Annual statistical returns and brief notes on vaccination in Bengal - 1909-1929
Year: 1909
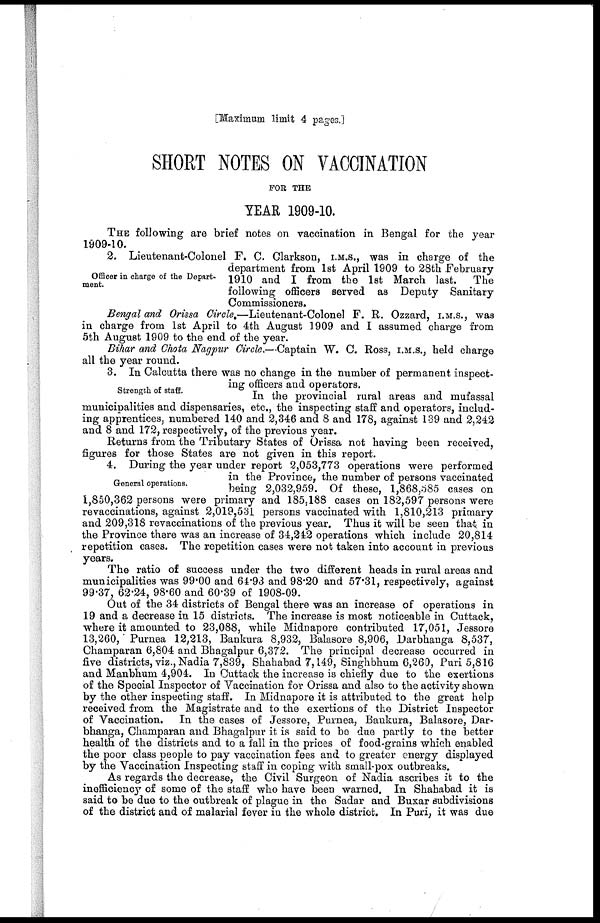
[Maximum limit 4 pages.]
SHORT NOTES ON VACCINATION
FOR THE
YEAR 1909-10.
THE following are brief notes on vaccination in Bengal for the year
1909-10.
Officer in charge of the Depart-
ment.
2. Lieutenant-Colonel F. C. Clarkson, I.M.S., was in charge of the
department from 1st April 1909 to 28th February
1910 and I from the 1st March last.
The
following officers served as Deputy Sanitary
Commissioners.
Bengal and Orissa Circle.—Lieutenant-Colonel F. R. Ozzard, I.M.S., was
in charge from 1st April to 4th August 1909 and I assumed charge from
5th August 1909 to the end of the year.
Bihar and Chota Nagpur Circle.—Captain W. C. Ross, I.M.S., held charge
all the year round.
Strength of staff.
3. In Calcutta there was no change in the number of permanent inspect-
ing officers and operators.
In the provincial rural areas and mufassal
municipalities and dispensaries, etc., the inspecting staff and operators, includ-
ing apprentices, numbered 140 and 2,346 and 8 and 178, against 139 and 2,242
and 8 and 172, respectively, of the previous year.
Returns from the Tributary States of Orissa not having been received,
figures for those States are not given in this report.
General operations.
4. During the year under report 2,053,773 operations were performed
in the Province, the number of persons vaccinated
being 2,032,959. Of these, 1,868,585 cases on
1,850,362 persons were primary and 185,188 cases on 182,597 persons were
revaccinations, against 2,019,531 persons vaccinated with 1,810,213 primary
and 209,318 revaccinations of the previous year. Thus it will be seen that in
the Province there was an increase of 34,242 operations which include 20,814
repetition cases. The repetition cases were not taken into account in previous
years.
The ratio of success under the two different heads in rural areas and
municipalities was 99.00 and 64.93 and 98.20 and 57.31, respectively, against
99.37, 62.24, 98.60 and 60.39 of 1908-09.
Out of the 34 districts of Bengal there was an increase of operations in
19 and a decrease in 15 districts. The increase is most noticeable in Cuttack,
where it amounted to 23,088, while Midnapore contributed 17,051, Jessore
13,260, Purnea 12,213, Bankura 8,932, Balasore 8,906, Darbhanga 8,537,
Champaran 6,804 and Bhagalpur 6,372. The principal decrease occurred in
five districts, viz., Nadia 7,839, Shahabad 7,149, Singhbhum 6,260, Puri 5,816
and Manbhum 4,904. In Cuttack the increase is chiefly due to the exertions
of the Special Inspector of Vaccination for Orissa and also to the activity shown
by the other inspecting staff. In Midnapore it is attributed to the great help
received from the Magistrate and to the exertions of the District Inspector
of Vaccination. In the cases of Jessore, Purnea, Bankura, Balasore, Dar-
bhanga, Champaran and Bhagalpur it is said to be due partly to the better
health of the districts and to a fall in the prices of food-grains which enabled
the poor class people to pay vaccination fees and to greater energy displayed
by the Vaccination Inspecting staff in coping with small-pox outbreaks.
As regards the decrease, the Civil Surgeon of Nadia ascribes it to the
inefficiency of some of the staff who have been warned. In Shahabad it is
said to be due to the outbreak of plague in the Sadar and Buxar subdivisions
of the district and of malarial fever in the whole district. In Puri, it was due